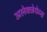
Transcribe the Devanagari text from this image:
अलेक्जेयेव्ना